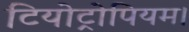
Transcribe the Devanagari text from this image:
टियोट्रोपियम।